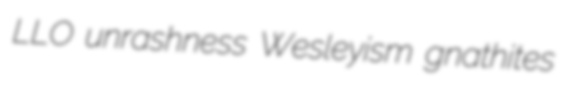
LLO unrashness Wesleyism gnathites